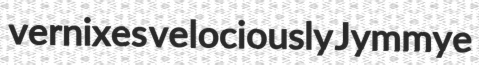
vernixes velociously Jymmye